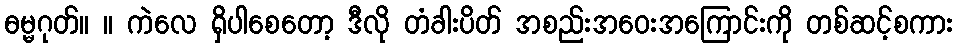
ဓမ္မဂုတ်။ ။ ကဲလေ ရှိပါစေတော့ ဒီလို တံခါးပိတ် အစည်းအဝေးအကြောင်းကို တစ်ဆင့်စကား